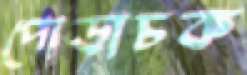
পোড়াচক